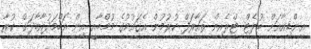
އިންޑިއާއަށް ބުލެޓް ޓްރެއިން ތައާރަފް ކުރުމުން އެގައުމުގެ މުމްބާއީ އިން އަހްމަދުއާބާދަށް ކުރާ